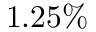
1 . 2 5 \%